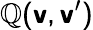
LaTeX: \sf{\mathbb{Q}}(\boldsymbol{v},\boldsymbol{v}^{\prime})